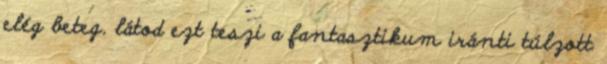
elég beteg. látod ezt teszi a fantasztikum iránti túlzott